Lunatic asylums United Provinces 1899-1908 - 1899-1908
Year: 1899
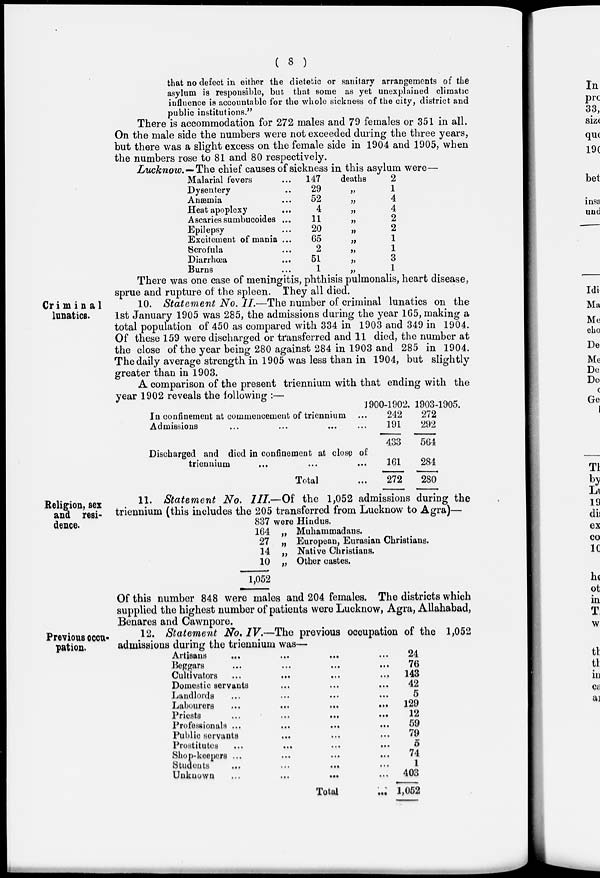
( 8 )
that no defect in either the dietetic or sanitary arrangements of the
asylum is responsible, but that some as yet unexplained climatic
influence is accountable for the whole sickness of the city, district and
public institutions."
There is accommodation for 272 males and 79 females or 351 in all.
On the male side the numbers were not exceeded during the three years,
but there was a slight excess on the female side in 1904 and 1905, when
the numbers rose to 81 and 80 respectively.
Lucknow.- The chief causes of sickness in this asylum were—
Malarial fevers ...
Dysentery ...
Anæmia ...
Heat apoplexy ...
Ascaries sumbucoides ...
Epilepsy ...
Excitement of mania ...
Scrofula ...
Diarrhœa ...
Burns ...
147
29
52
4
11
20
65
2
51
1
deaths
„
„
„
„
„
„
„
„
„
2
1
4
4
2
2
1
1
3
1
There was one case of meningitis, phthisis pulmonalis, heart disease,
sprue and rupture of the spleen. They all died.
Criminal
lunatics.
10. Statement No. II.—The number of criminal lunatics on the
1st January 1905 was 285, the admissions during the year 165, making a
total population of 450 as compared with 334 in 1903 and 349 in 1904.
Of these 159 were discharged or transferred and 11 died, the number at
the close of the year being 280 against 284 in 1903 and 285 in 1904.
The daily average strength in 1905 was less than in 1904, but slightly
greater than in 1903.
A comparison of the present triennium with that ending with the
year 1902 reveals the following :—
In confinement at commencement of triennium ...
Admissions ... ... ... ...
Discharged and died in confinement at close of
triennium ... ... ...
Total ...
1900-1902.
242
191
433
161
272
1903-1905.
272
292
564
284
280
Religion, sex
and resi-
dence.
11. Statement No. III.—Of the 1,052 admissions during the
triennium (this includes the 205 transferred from Lucknow to Agra)—
837 were Hindus.
164
27
14
10
1,052
„
„
„
„
Muhammadans.
European, Eurasian Christians.
Native Christians.
Other castes.
Of this number 848 were males and 204 females. The districts which
supplied the highest number of patients were Lucknow, Agra, Allahabad,
Benares and Cawnpore.
Previous occu-
pation.
12. Statement No. IV.—The previous occupation of the 1,052
admissions during the triennium was—
Artisans
...
...
...
...
Beggars ... ... ... ...
Cultivators ... ... ... ...
Domestic servants ... ... ...
Landlords ... ... ... ...
Labourers
...
...
...
...
Priests
...
...
...
...
Professionals ...
...
...
...
Public servants ... ... ...
Prostitutes
...
...
...
...
Shop-keepers ... ... ... ...
Students ... ... ... ...
Unknown
...
...
... ...
Total ...
24
76
143
42
5
129
12
59
79
5
74
1
403
1,052